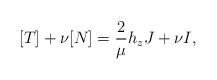
LaTeX: \begin{align*}[T]+\nu [N]=\frac{2}{\mu}h_zJ+\nu I,\end{align*}